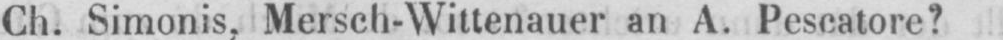
Ch. Simonis, Mersch-Wittenauer an A. Pescatore?